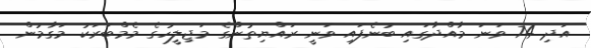
އަދި 74 ވަނަ މާއްދާގައި ބުނެފައި ވަނީ ރައްޔިތުންގެ މަޖިލީހުގެ މެމްބަރަކު މަގާމުން